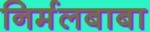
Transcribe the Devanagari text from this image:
निर्मलबाबा